On the morphology, teratology, and diclinism of the flowers of cannabis - Number 12
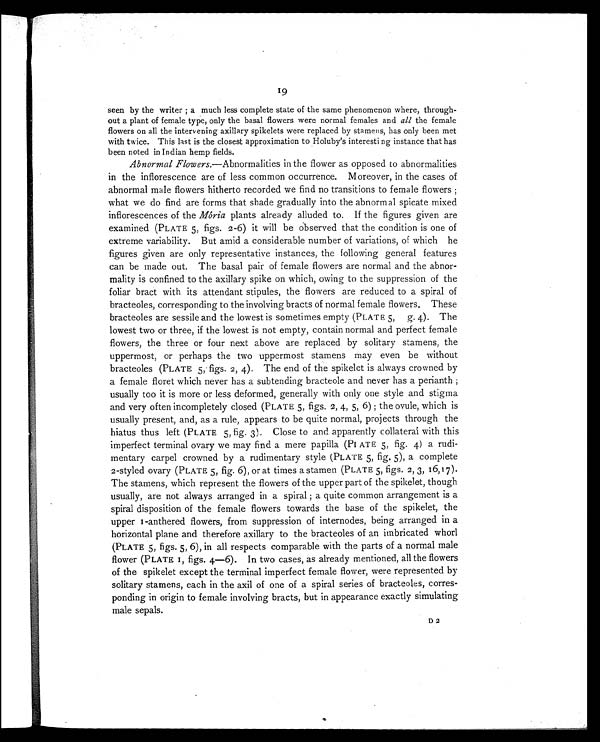
19
seen by the writer ; a much less complete state of the same phenomenon where, through-
out a plant of female type, only the basal flowers were normal females and all the female
flowers on all the intervening axillary spikelets were replaced by stamens, has only been met
with twice. This last is the closest approximation to Holuby's interesting instance that has
been noted in Indian hemp fields.
Abnormal Flowers.—Abnormalities in the flower as opposed to abnormalities
in the inflorescence are of less common occurrence. Moreover, in the cases of
abnormal male flowers hitherto recorded we find no transitions to female flowers ;
what we do find are forms that shade gradually into the abnormal spicate mixed
inflorescences of the Mória plants already alluded to. If the figures given are
examined (PLATE 5, figs. 2-6) it will be observed that the condition is one of
extreme variability. But amid a considerable number of variations, of which he
figures given are only representative instances, the following general features
can be made out. The basal pair of female flowers are normal and the abnor-
mality is confined to the axillary spike on which, owing to the suppression of the
foliar bract with its attendant stipules, the flowers are reduced to a spiral of
bracteoles, corresponding to the involving bracts of normal female flowers. These
bracteoles are sessile and the lowest is sometimes empty (PLATE 5, g. 4). The
lowest two or three, if the lowest is not empty, contain normal and perfect female
flowers, the three or four next above are replaced by solitary stamens, the
uppermost, or perhaps the two uppermost stamens may even be without
bracteoles (PLATE 5, figs. 2, 4). The end of the spikelet is always crowned by
a female floret which never has a subtending bracteole and never has a perianth ;
usually too it is more or less deformed, generally with only one style and stigma
and very often incompletely closed (PLATE 5, figs. 2, 4, 5, 6); the ovule, which is
usually present, and, as a rule, appears to be quite normal, projects through the
hiatus thus left (PLATE 5, fig. 3). Close to and apparently collateral with this
imperfect terminal ovary we may find a mere papilla (PLATE 5, fig. 4) a rudi-
mentary carpel crowned by a rudimentary style (PLATE 5, fig. 5), a complete
2-styled ovary (PLATE 5, fig. 6), or at times a stamen (PLATE 5, figs. 2, 3, 16, 17).
The stamens, which represent the flowers of the upper part of the spikelet, though
usually, are not always arranged in a spiral ; a quite common arrangement is a
spiral disposition of the female flowers towards the base of the spikelet, the
upper 1-anthered flowers, from suppression of internodes, being arranged in a
horizontal plane and therefore axillary to the bracteoles of an imbricated whorl
(PLATE 5, figs. 5, 6), in all respects comparable with the parts of a normal male
flower (PLATE 1, figs. 4—6). In two cases, as already mentioned, all the flowers
of the spikelet except the terminal imperfect female flower, were represented by
solitary stamens, each in the axil of one of a spiral series of bracteoles, corres-
ponding in origin to female involving bracts, but in appearance exactly simulating
male sepals.
D 2